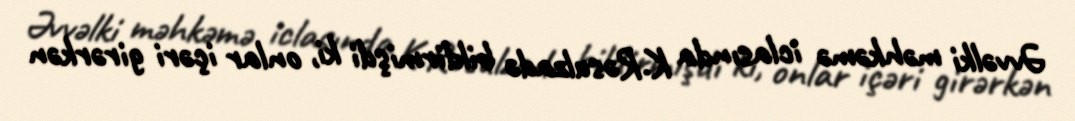
Əvvəlki məhkəmə iclasında K.Rəsulzadə bildirmişdi ki, onlar içəri girərkən